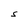
Character: S